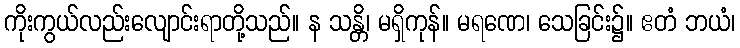
ကိုးကွယ်လည်းလျောင်းရာတို့သည်။ န သန္တိ၊ မရှိကုန်။ မရဏေ၊ သေခြင်း၌။ ဧတံ ဘယံ၊